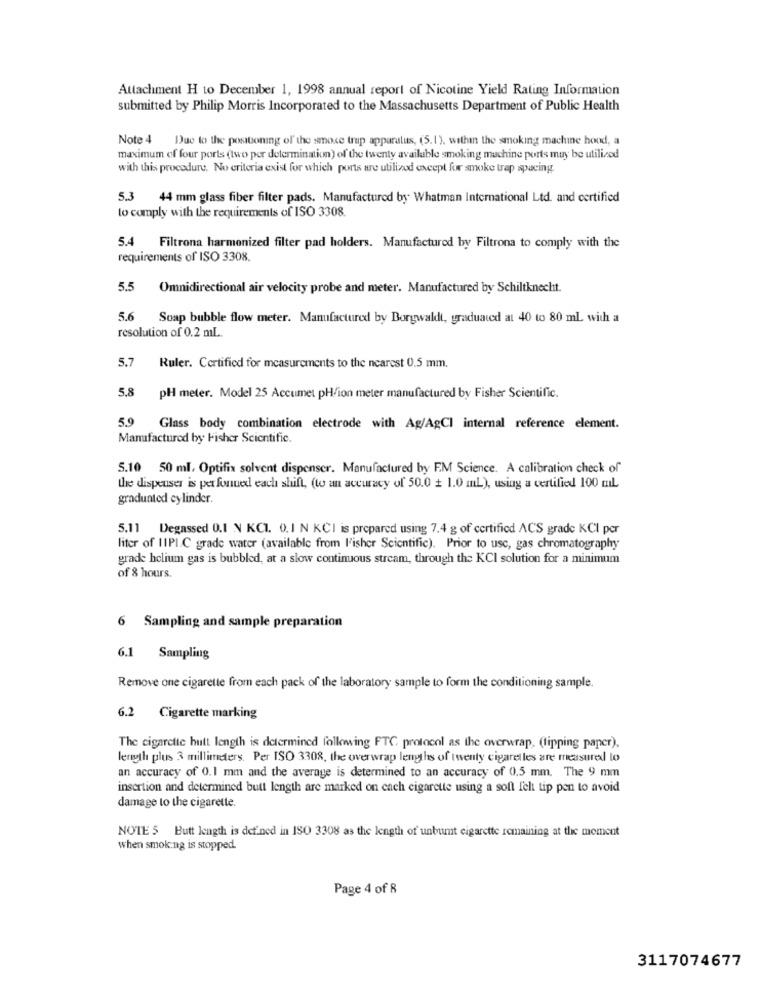
Attachment H to December 1, 1998 annual report of Nicotine Yield Rating Information
submitted by Philip Morris Incorporated to the Massachusetts Department of Public Health
Note 4 Due to the positioning of the smose trup apparalus, (5.1). within the smoking machine hood, a
maximum of four ports (two per delermination) of the twenty available smoking machine ports muy be utilized
with this procedure. No criteria exist for which ports are utilized except for smoke trap spacing
5.3 44 mm glass fiber filter pads. Manufactured by Whatman International Ltd. and certified
to comply with the requirements of ISO 3308.
5.4 Filtrona harmonized filter pad holders. Manufactured by Filtrona to comply with the
requirements of ISO 3308.
5.5
Omnidirectional air velocity probe and meter. Manufactured by Schiltknecht.
5.6
Soap bubble flow meter. Manufactured by Borgwaldt, graduated at 40 to 80 mL with a
resolution of 0.2 mL
5.7
Ruler. Certified for measurements to the nearest 0.5 mm.
5.8
PH meter. Model 25 Accumet pH/ion meter manufactured by Fisher Scientific.
5.9 Glass body combination electrode with Ag/AgCI internal reference element.
Manufactured by Fisher Scientific.
5.10 50 ml, Optifix solvent dispenser. Manufactured by EM Science. A calibration check of
the dispenser is per fonued each shift, (to an accuracy of 50.0 + 1.0 mL), using a certified 100 ml
graduated cylinder.
5.11 Degassed 0.1 N KCI. 0.1 N KCI is prepared using 7.4 g of certified ACS grade KCI pcr
liter of IIPIC grade water (available from l'isher Scientific). Prior to use, gas chromatography
grade helium gas is bubbled, at a slow continuous stream, through the KCI solution for a minimum
of & hours.
6 Sampling and sample preparation
6.1 Sampling
Remove one cigarette from each pack of the laboratory sample to form the conditioning sample.
6.2 Cigarette marking
The cigarette hult length is determined following FTC, protocol as the overwrap. (tipping paper),
length plus 3 millimeters. Per ISO 3308, the overwrap lengths of twenty cigaretles are measured lo
an accuracy of 0.1 mm and the average is determined to an accuracy of 0,5 mm. The 9 mm
insertion and determined butt length are marked on each cigarette using a soft felt tip pen to avoid
damage to the cigarette.
NOTE 5 Butt length is defined in ISO 3308 as the length of unburnt cigarette remaining at the moment
when smoking is stopped
Page 4 of 8
3117074677